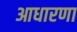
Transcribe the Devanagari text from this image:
आधारणा